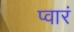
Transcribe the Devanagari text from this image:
प्वारं